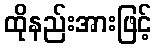
ထိုနည်းအားဖြင့်